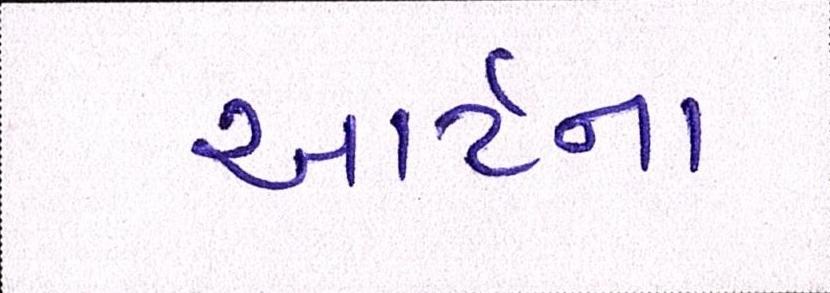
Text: આર્ટના